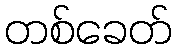
တစ်ခေတ်